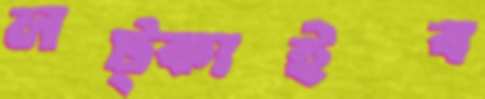
লট্‌কাইব